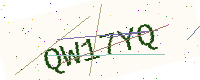
Text: QW17YQ